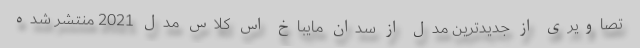
تصاویری از جدیدترین مدل از سدان مایباخ اس کلاس مدل 2021 منتشر شده